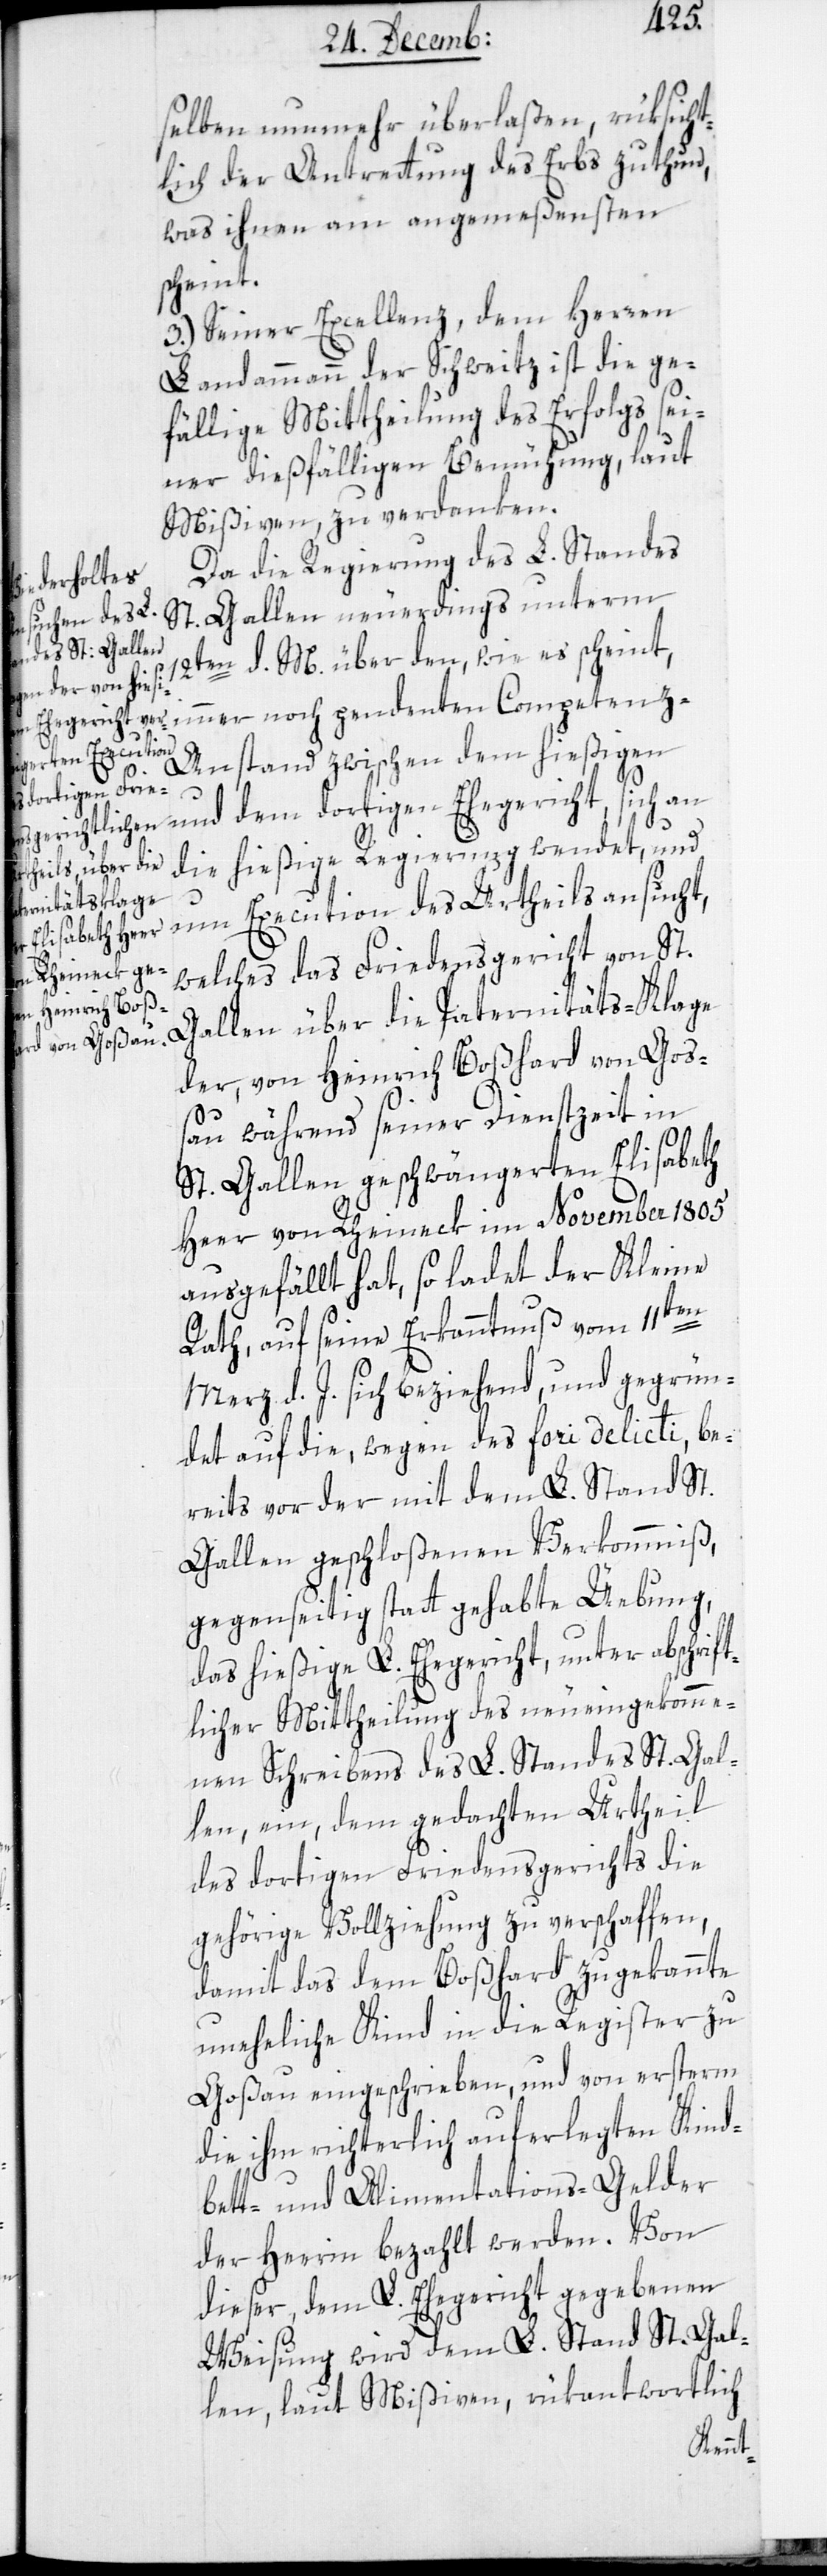
selben nunmehr überlaßen, rüksicht¬
lich der Antretung des Erbs zu thun,
was ihnen am angemeßensten
scheint.
3.) Seiner Excellenz, dem Herren
Landammann der Schweitz ist die ge¬
fällige Mittheilung des Erfolgs sei¬
ner dießfälligen Bemühung, laut
Mißiven, zu verdanken.
Da die Regierung des L. Standes
St. Gallen neuerdings unterm
12ten d. M. über den, wie es scheint,
immer noch pendenten Competen¬
z-Anstand zwischen dem hießigen
dem dortigen Ehegericht, sich an
die hießige Regierung wendet, und
um Execution des Urtheils ansucht,
welches das Friedensgericht von St.
Gallen über die Paternitätsklage
der, von Heinrich Boßhard von Goß¬
au während seiner Dienstzeit in
St. Gallen geschwängerten Elisabeth
Heer von Rheineck im November 1805
ausgefällt hat, so ladet der Kleine
Rath, auf seine Erkanntnuß vom 11ten
März d. J. sich beziehend, und gegrün¬
det auf die, wegen des fori delicti, be¬
reits vor der mit dem L. Stand St.
Gallen geschloßenen Verkommniß,
gegenseitig stattgehabte Übung,
das hießige L. Ehegericht , unter abschrif¬
tlicher Mittheilung des neu eingekomme¬
nen Schreibens des L. Standes St. Gal¬
len ein, dem gedachten Urtheil
des dortigen Friedensgerichts die
gehörige Vollziehung zu verschaffen,
damit das dem Boßhard zugekannte
uneheliche Kind in die Register zu
Goßau eingeschrieben, und von ersterm
die ihm richterlich auferlegten Kind¬
bett- und Alimentations-Gelder
der Heerin bezahlt werden. Von
dieser, dem L. Ehegericht gegebenen
Weisung wird dem L. Stand St. Gal¬
len, laut Mißiven, rükantwortlich